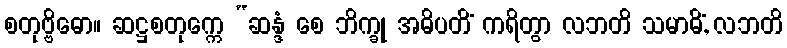
စတုဗ္ဗိဓော။ ဆဋ္ဌစတုက္ကေ “ဆန္ဒံ စေ ဘိက္ခု အဓိပတိံ ကရိတွာ လဘတိ သမာဓိံ, လဘတိ